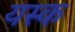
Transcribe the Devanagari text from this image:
यस्क